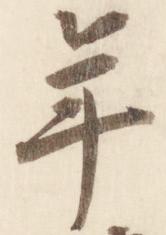
年